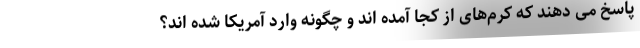
پاسخ می دهند که کرم‌های از کجا آمده‌ اند و چگونه وارد آمریکا شده اند؟